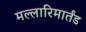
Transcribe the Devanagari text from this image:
मल्लारिमार्तंड